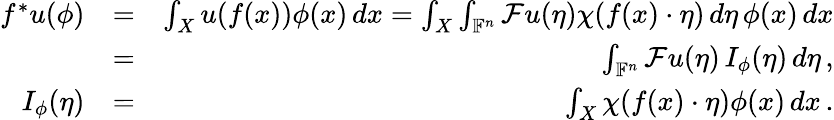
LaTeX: \begin{array}{rlr}{f^{*}u(\phi)}&{=}&{\int_{X}u(f(x))\phi(x)\, dx=\int_{X}\int_{\mathbb{F}^{n}}\mathcal{F}u(\eta)\chi(f(x)\cdot\eta)\, d\eta\, \phi(x)\, dx}\\ &{=}&{\int_{\mathbb{F}^{n}}\mathcal{F}u(\eta)\, I_{\phi}(\eta)\, d\eta\, ,}\\ {I_{\phi}(\eta)}&{=}&{\int_{X}\chi(f(x)\cdot\eta)\phi(x)\, dx\, .}\end{array}